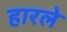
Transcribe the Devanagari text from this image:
हारले